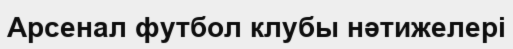
Арсенал футбол клубы нәтижелері